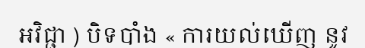
អវិជ្ជា ) បិទបាំង « ការយល់ឃើញ នូវ